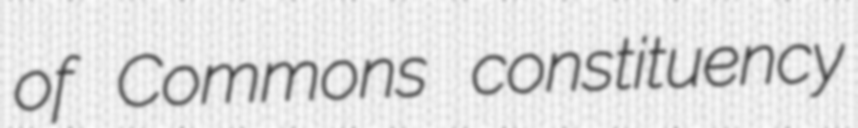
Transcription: of Commons constituency